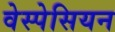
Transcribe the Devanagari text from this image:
वेस्पेसियन